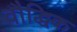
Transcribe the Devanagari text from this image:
वौद्धिक